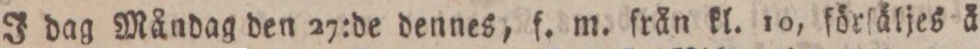
J dag Måndag den 27:de dennes, f. m. från kl. 10, förläljes å